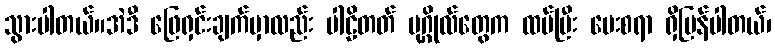
သွားပါတယ်။အဲဒီ ဖြေရှင်းချက်မှာလည်း ပါဠိတတ် ပုဂ္ဂိုလ်တွေက ထပ်ပြီး မေးစရာ ရှိပြန်ပါတယ်၊